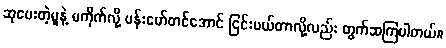
ဆုပေးတဲ့မူနဲ့ မကိုက်လို့ ဗန်းမော်တင်အောင် ငြင်းပယ်တာလို့လည်း တွက်ဆကြပါတယ်။